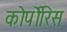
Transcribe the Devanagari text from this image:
कोर्पोरिस